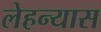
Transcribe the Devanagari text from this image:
लेहन्यास